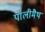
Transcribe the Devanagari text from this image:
पॉलीमैथ